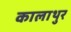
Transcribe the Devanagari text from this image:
कालाथुर